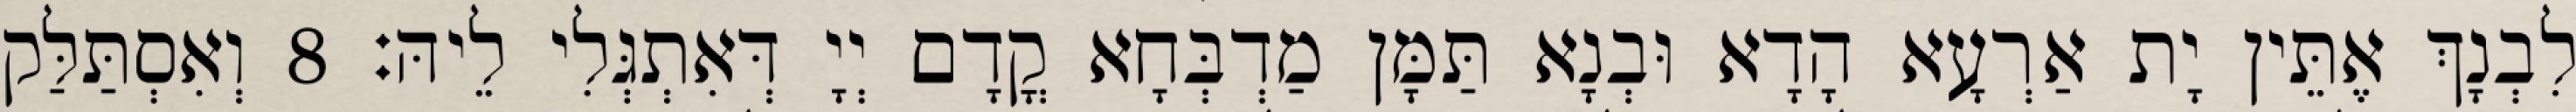
לִבְנָךְ אֶתֵּין יָת אַרְעָא הָדָא וּבְנָא תַּמָּן מַדְבְּחָא קֳדָם יְיָ דְּאִתְגְּלִי לֵיהּ׃ 8 וְאִסְתַּלַּק